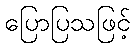
ပြောပြသဖြင့်